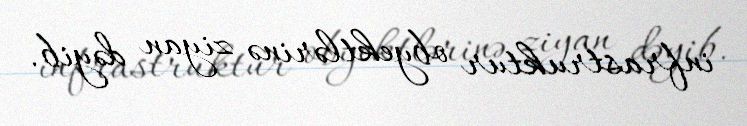
infrastruktur obyektlərinə ziyan dəyib.